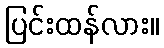
ပြင်းထန်လား။